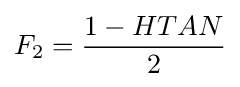
F_{2}={\frac {1-HTAN}{2}}